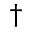
\dagger